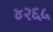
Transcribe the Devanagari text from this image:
४२६५